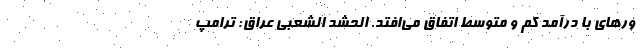
ور‌های با درآمد کم و متوسط اتفاق می‌افتد. الحشد الشعبی عراق: ترامپ